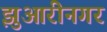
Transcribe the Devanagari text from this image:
झुआरीनगर